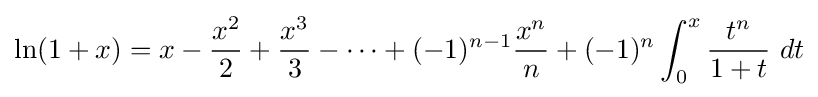
\ln(1+x)=x-{\frac {x^{2}}{2}}+{\frac {x^{3}}{3}}-\cdots +(-1)^{n-1}{\frac {x^{n}}{n}}+(-1)^{n}\int _{0}^{x}{\frac {t^{n}}{1+t}}\ dt